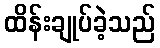
ထိန်းချုပ်ခဲ့သည်